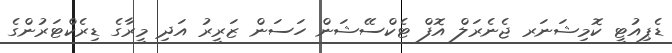
ޑެޕިއުޓީ ކޮމިޝަނަރ ޖެނެރަލް އޮފް ޓެކްސޭޝަން ހަސަން ޒަރީރު އަދި މީރާގެ ޑިރެކްޓަރުންގެ